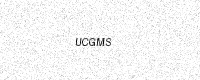
Text: UCGMS